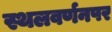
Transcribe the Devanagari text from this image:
स्थलवर्णनपर